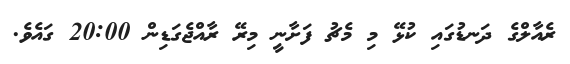
ރެއާލްގެ ދަނޑުގައި ކުޅޭ މި މެޗު ފަށާނީ މިރޭ ރާއްޖެގަޑިން 20:00 ގައެވެ.